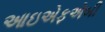
આઇએફએબી